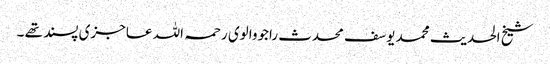
شیخ الحدیث محمد یوسف محدث راجووالوی رحمہ اللہ عاجزی پسند تھے ۔